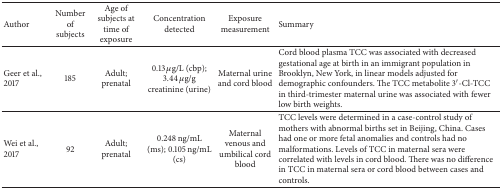
<table><thead><tr><td><b>Author </b></td><td><b>Number of subjects</b></td><td><b>Age of subjects at time of exposure</b></td><td><b>Concentration detected</b></td><td><b>Exposure measurement</b></td><td><b> Summary</b></td></tr></thead><tbody><tr><td>Geer et al., 2017</td><td>185</td><td>Adult; prenatal</td><td>0.13 <i>μ</i>g/L (cbp); 3.44 <i>μ</i>g/g creatinine (urine)</td><td>Maternal urine and cord blood</td><td>Cord blood plasma TCC was associated with decreased gestational age at birth in an immigrant population in Brooklyn, New York, in linear models adjusted for demographic confounders. The TCC metabolite 3′-Cl-TCC in third-trimester maternal urine was associated with fewer low birth weights.</td></tr><tr><td>Wei et al., 2017</td><td>92</td><td>Adult; prenatal</td><td>0.248 ng/mL (ms); 0.105 ng/mL (cs)</td><td>Maternal venous and umbilical cord blood</td><td>TCC levels were determined in a case-control study of mothers with abnormal births set in Beijing, China. Cases had one or more fetal anomalies and controls had no malformations. Levels of TCC in maternal sera were correlated with levels in cord blood. There was no difference in TCC in maternal sera or cord blood between cases and controls.</td></tr></tbody></table>